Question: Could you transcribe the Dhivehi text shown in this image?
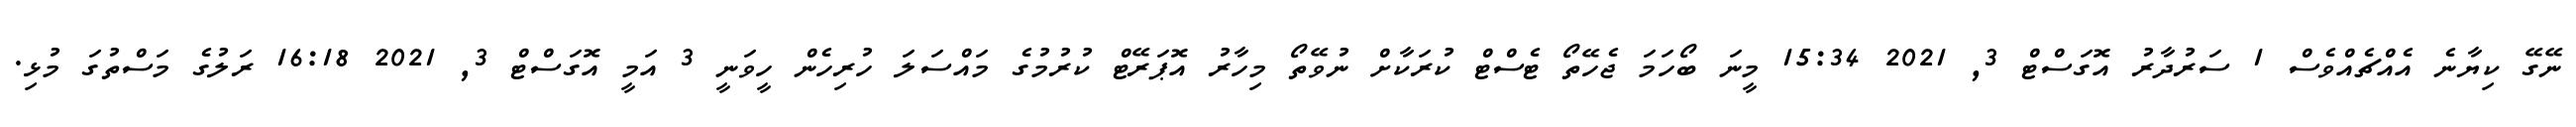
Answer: ނޭގޭ ކިޔާނެ އެއްޗެއްވެސް 1 ސަރުދާރު އޮގަސްޓް 3, 2021 15:34 މީނަ ބޯހަމަ ޖެހޭތޯ ޓެސްޓް ކުރަކާށް ނުވޭތޯ މިހާރު އޮޕަރޭޓް ކުރުމުގެ މައްސަލަ ހުރިހެން ހީވަނީ 3 އަމީ އޮގަސްޓް 3, 2021 16:18 ރަލުގެ މަސްތުގަ މުޅި.